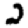
Digit: 2